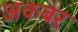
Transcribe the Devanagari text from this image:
अकबर